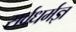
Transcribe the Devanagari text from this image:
सर्वधर्मज्ञ